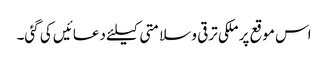
اس موقع پر ملکی ترقی و سلامتی کیلئے دعائیں کی گئی۔